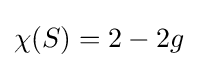
\chi (S)=2-2g